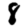
Digit: 8